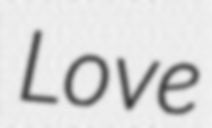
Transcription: Love